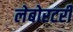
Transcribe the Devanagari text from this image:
लेबोरटरी